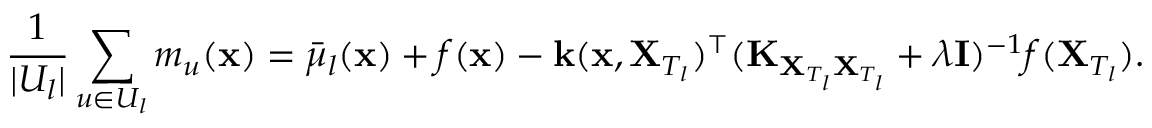
\frac { 1 } { | U _ { l } | } \sum _ { u \in U _ { l } } m _ { u } ( \mathbf { x } ) = \bar { \mu } _ { l } ( \mathbf { x } ) + f ( \mathbf { x } ) - \mathbf { k } ( \mathbf { x } , \mathbf { X } _ { T _ { l } } ) ^ { \top } ( \mathbf { K } _ { \mathbf { X } _ { T _ { l } } \mathbf { X } _ { T _ { l } } } + \lambda \mathbf { I } ) ^ { - 1 } f ( \mathbf { X } _ { T _ { l } } ) .